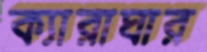
ক্যারাঘার